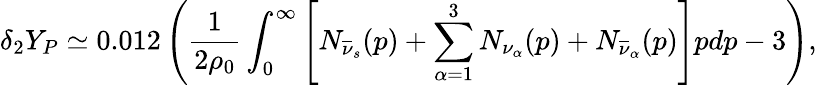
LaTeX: \delta_{2}Y_{P}\simeq 0.012\left({\frac{1}{2\rho_{0}}}\int_{0}^{\infty}\left[N_{\overline{{\nu}}_{s}}(p)+\sum_{\alpha=1}^{3}N_{\nu_{\alpha}}(p)+N_{\overline{{\nu}}_{\alpha}}(p)\right]pdp-3\right),